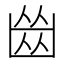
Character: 𠚕